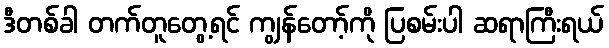
ဒီတစ်ခါ တက်တူတွေ့ရင် ကျွန်တော့်ကို ပြစမ်းပါ ဆရာကြီးရယ်